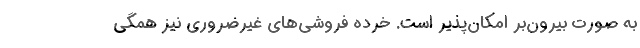
به صورت بیرون‌بر امکان‌پذیر است. خرده‌ فروشی‌های غیرضروری نیز همگی